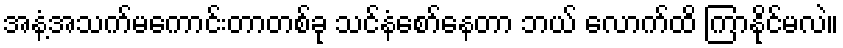
အနံ့အသက်မကောင်းတာတစ်ခု သင်နံစော်နေတာ ဘယ် လောက်ထိ ကြာနိုင်မလဲ။